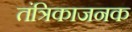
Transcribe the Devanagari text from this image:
तंत्रिकाजनक